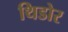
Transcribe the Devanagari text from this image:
थिडोर